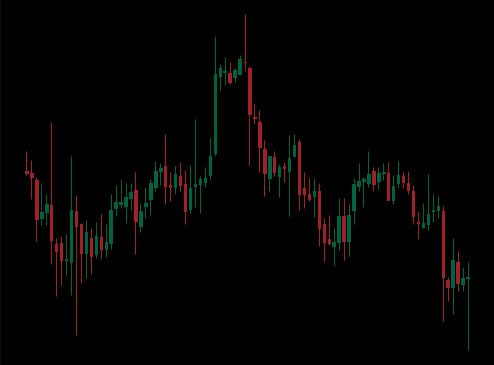
Pattern: unclassified